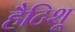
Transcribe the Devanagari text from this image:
हैटिशू